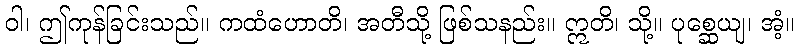
ဝါ၊ ဤကုန်ခြင်းသည်။ ကထံဟောတိ၊ အတီသို့ ဖြစ်သနည်း။ ဣတိ၊ သို့။ ပုစ္ဆေယျ၊ အံ့။